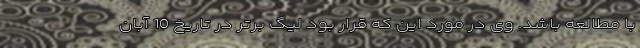
با مطالعه باشد. وی در مورد این که قرار بود لیگ برتر در تاریخ 10 آبان